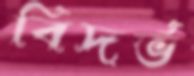
বিদর্ভ